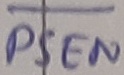
Text: PSEN